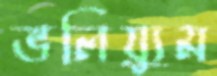
ভলিয়্যুম